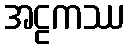
အဠကဿ